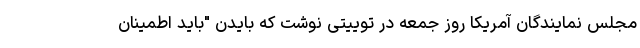
مجلس نمایندگان آمریکا روز جمعه در توییتی نوشت که بایدن "باید اطمینان